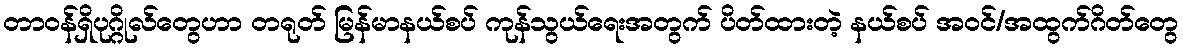
တာဝန်ရှိပုဂ္ဂိုလ်တွေဟာ တရုတ် မြန်မာနယ်စပ် ကုန်သွယ်ရေးအတွက် ပိတ်ထားတဲ့ နယ်စပ် အဝင်/အထွက်ဂိတ်တွေ